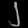
Digit: ၂